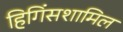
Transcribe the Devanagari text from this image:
हिगिंसशामिल